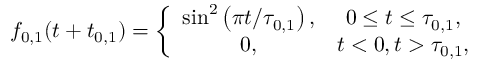
f _ { 0 , 1 } ( t + t _ { 0 , 1 } ) = \left\{ \begin{array} { c c } { \sin ^ { 2 } \left( \pi t / \tau _ { 0 , 1 } \right) , } & { 0 \leq t \leq \tau _ { 0 , 1 } , } \\ { 0 , } & { t < 0 , t > \tau _ { 0 , 1 } , } \end{array} \right.